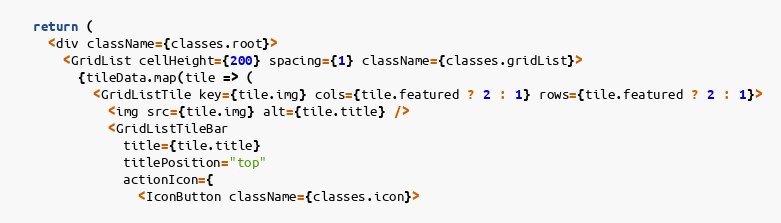
Language: JavaScript
  return (
    <div className={classes.root}>
      <GridList cellHeight={200} spacing={1} className={classes.gridList}>
        {tileData.map(tile => (
          <GridListTile key={tile.img} cols={tile.featured ? 2 : 1} rows={tile.featured ? 2 : 1}>
            <img src={tile.img} alt={tile.title} />
            <GridListTileBar
              title={tile.title}
              titlePosition="top"
              actionIcon={
                <IconButton className={classes.icon}>